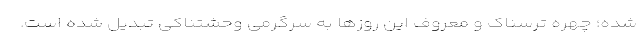
شده؛ چهره ترسناک و معروف این روزها به سرگرمی وحشتناکی تبدیل شده است.